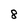
Character: 8